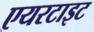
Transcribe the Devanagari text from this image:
एयरटाइट